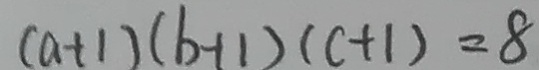
( a + 1 ) ( b + 1 ) ( c + 1 ) = 8